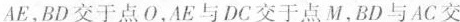
AE，BD交于点O，AE与DC交于点M，BD与AC交